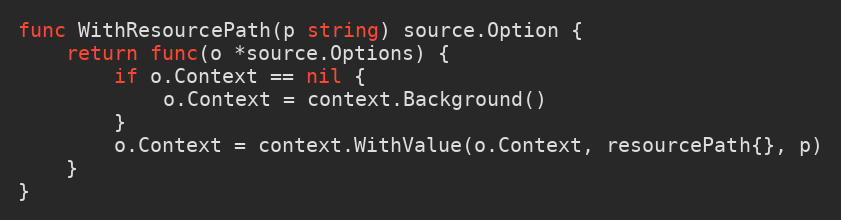
Language: Go
func WithResourcePath(p string) source.Option {
	return func(o *source.Options) {
		if o.Context == nil {
			o.Context = context.Background()
		}
		o.Context = context.WithValue(o.Context, resourcePath{}, p)
	}
}